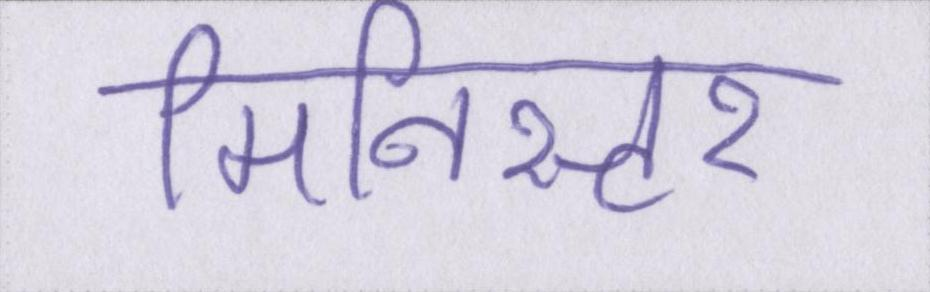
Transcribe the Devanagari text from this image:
मिनिस्टर